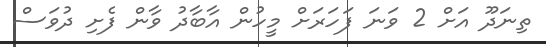
ތިނަދޫ އަށް 2 ވަނަ ފަހަރަށް މީހުން އާބާދު ވާން ފެށި ދުވަސް